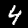
Label: 4